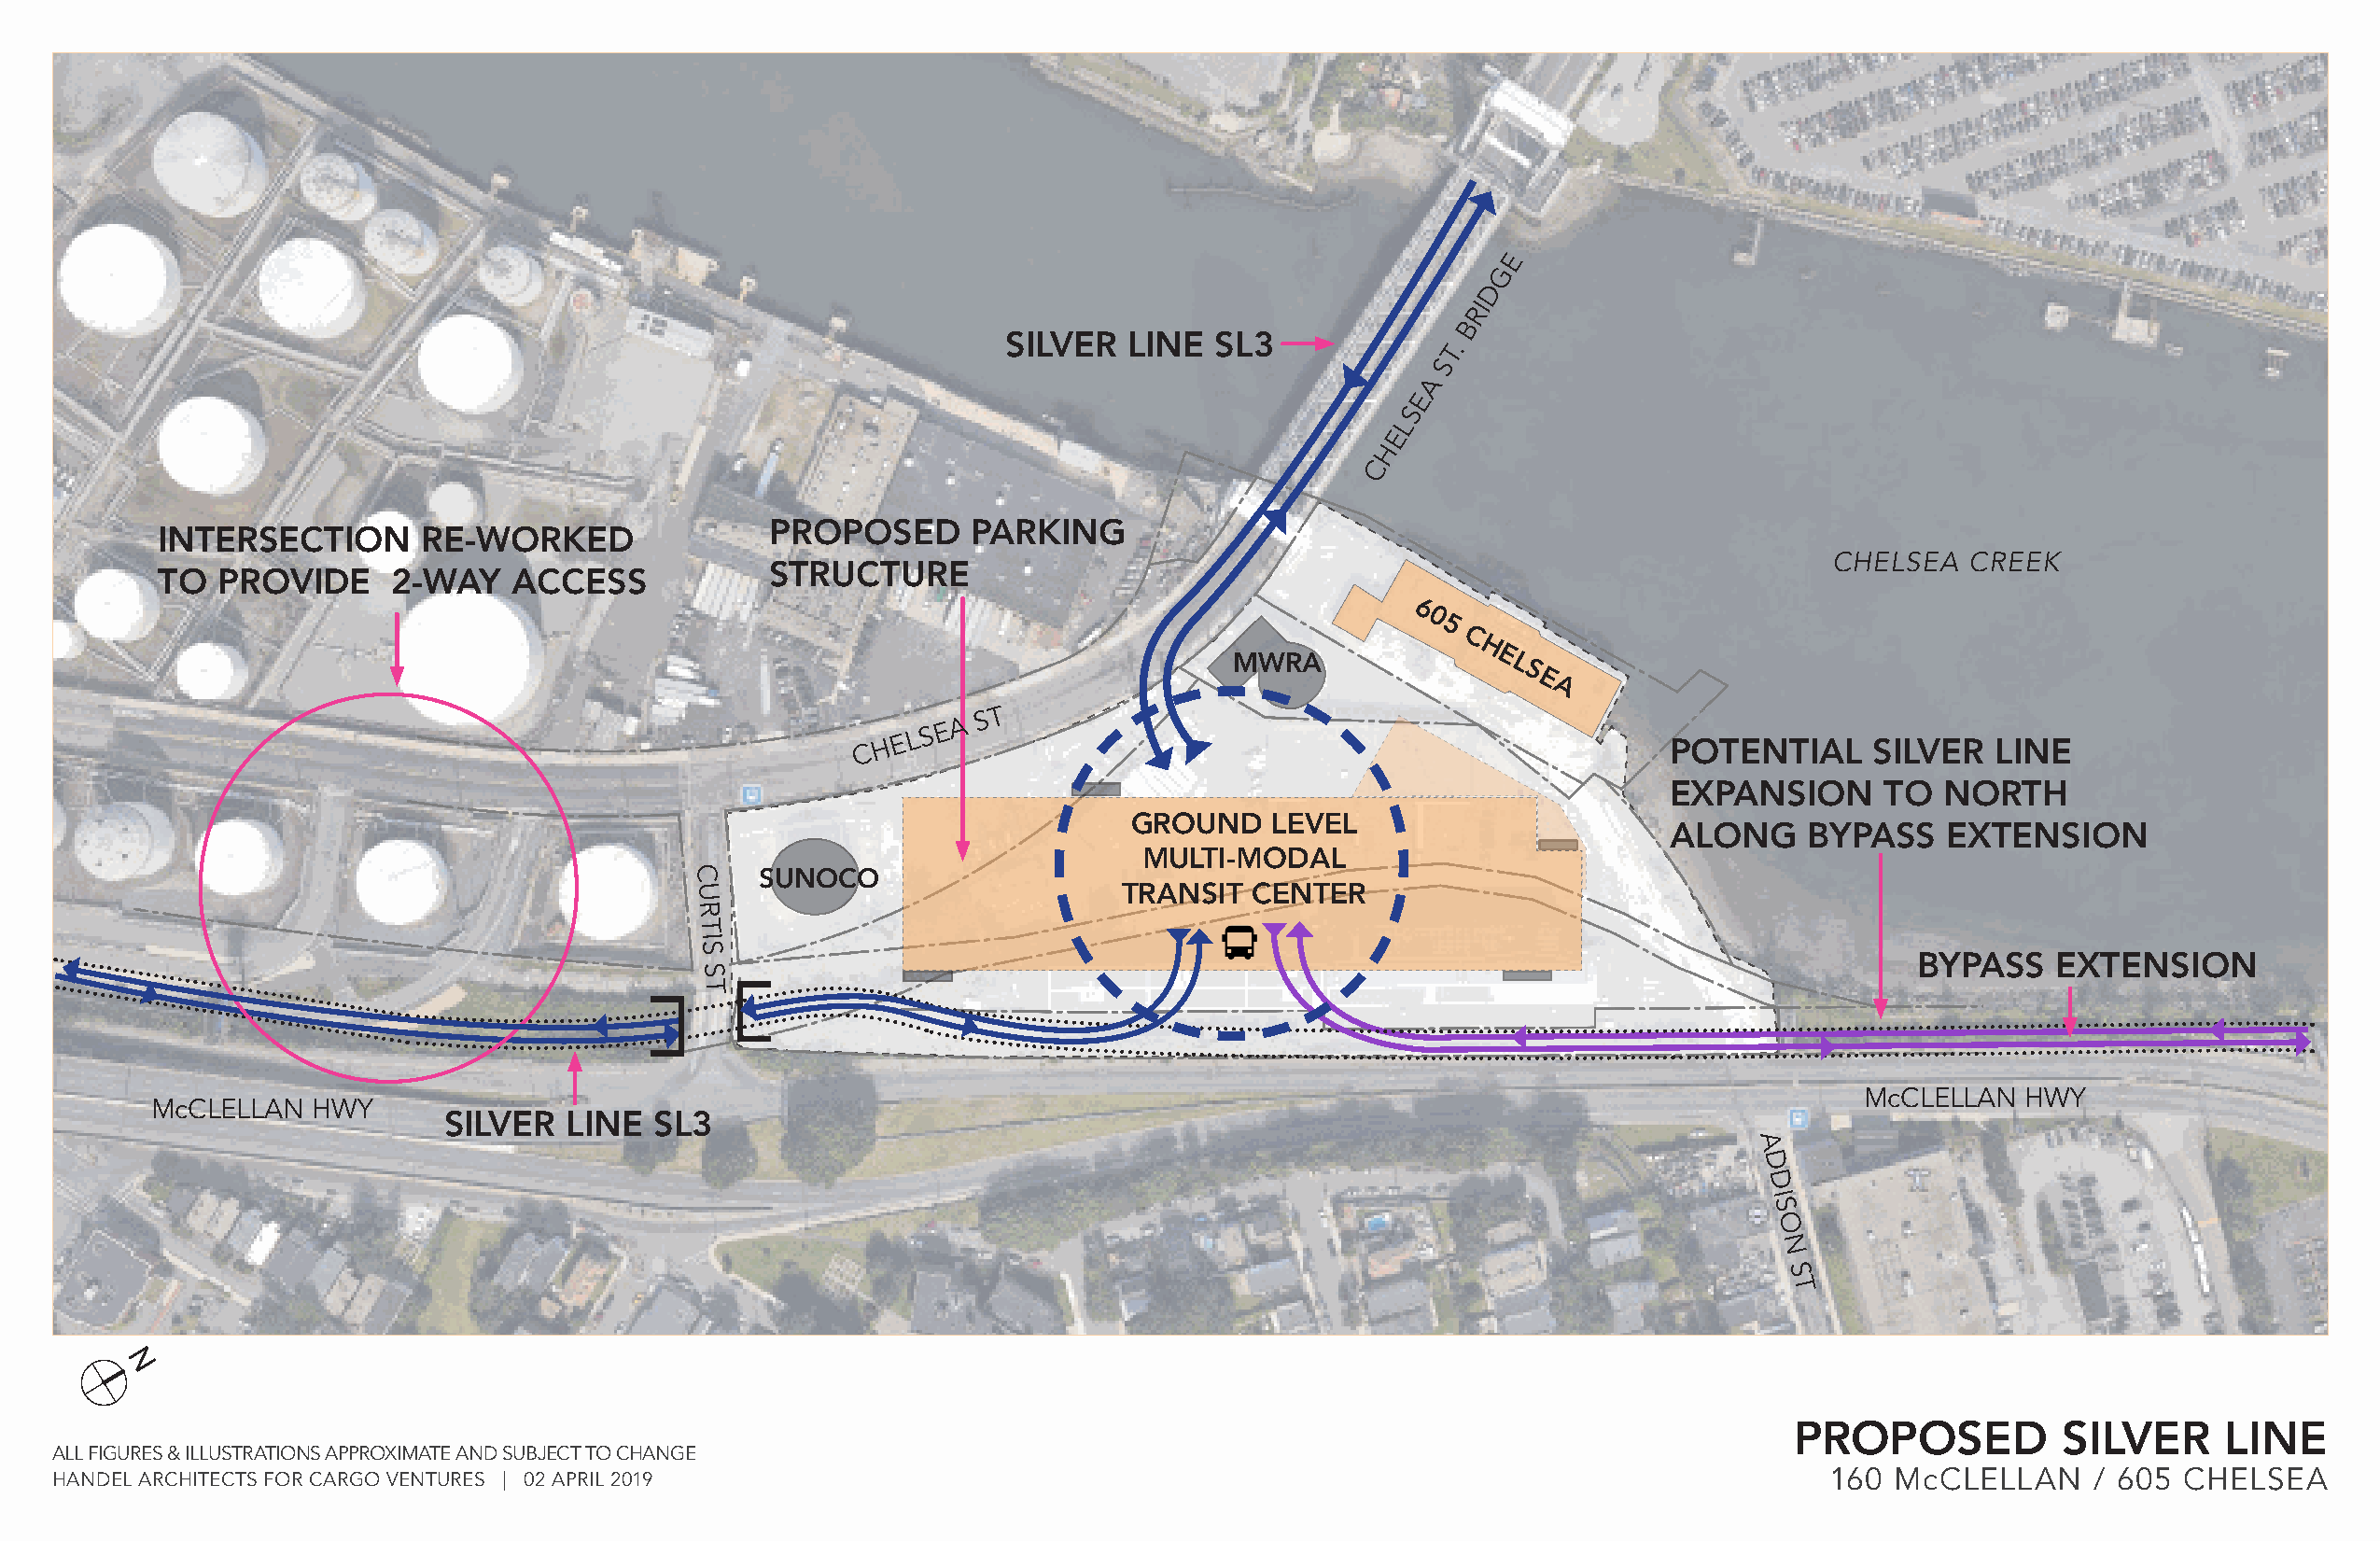
E
 G
 D
 I
 R
 B
 SILVER   LINE  SL3
 T.
 S
 A
 E
 S
 L
 E
 H
 C
 PROPOSED      PARKING
 INTERSECTION       RE-WORKED
 CHELSEA   CREEK
 STRUCTURE
 TO  PROVIDE      2-WAY   ACCESS
 6
 0
 5
 C
 H
 MWRA               E L
 S
 E
 A
 C H E L S E A
 S T
 POTENTIAL      SILVER   LINE
 EXPANSION       TO  NORTH
 GROUND    LEVEL
 ALONG     BYPASS    EXTENSION
 MULTI-MODAL
 C    SUNOCO
 U                              TRANSIT  CENTER
 R
 T
 I
 S
 BYPASS    EXTENSION
 S
 T
 McCLELLAN   HWY
 McCLELLAN  HWY
 SILVER  LINE  SL3
 A
 D
 D
 I
 S
 O
 N
 S
 T
 N
 PROPOSED           SILVER      LINE
 ALL FIGURES & ILLUSTRATIONS APPROXIMATE AND SUBJECT TO CHANGE
 HANDEL ARCHITECTS FOR CARGO VENTURES | 02 APRIL 2019                                                                          160 McCLELLAN     / 605  CHELSEA